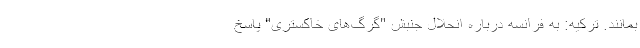
بمانند. ترکیه: به فرانسه درباره انحلال جنبش "گرگ‌های خاکستری" پاسخ